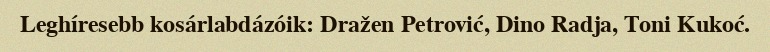
Leghíresebb kosárlabdázóik: Dražen Petrović, Dino Radja, Toni Kukoć.